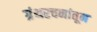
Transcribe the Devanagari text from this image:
ग्रंथरचनांतून